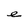
Character: e